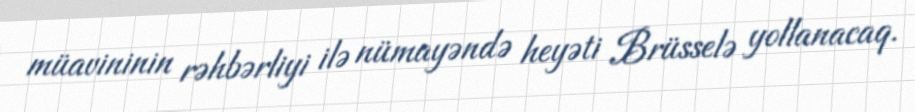
müavininin rəhbərliyi ilə nümayəndə heyəti Brüsselə yollanacaq.